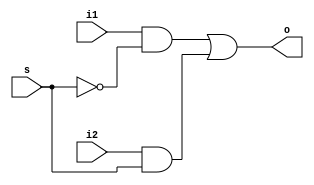
// This program was cloned from: https://github.com/ekb0412/100DaysofRTL
// License: Apache License 2.0

`timescale 1ns / 1ps

module mux(o,i1,i2,s);                  //2x1 MUX
input i1,i2,s;
output o;
wire x1,x2,sc;
not(sc,s);
and(x1,i1,sc);
and(x2,i2,s);
or(o,x1,x2);
endmodule